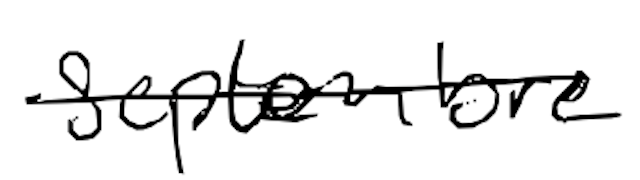
Text: September
Cross-out: single-line
Writing tool: digital_black